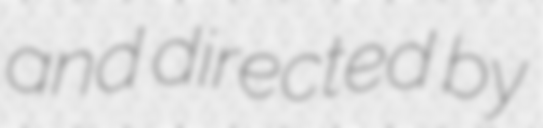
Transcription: and directed by